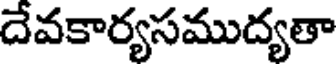
దేవకార్యసముద్యతా